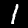
Digit: 1